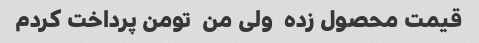
قیمت محصول زده  ولی من  تومن پرداخت کردم